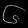
Digit: ၆